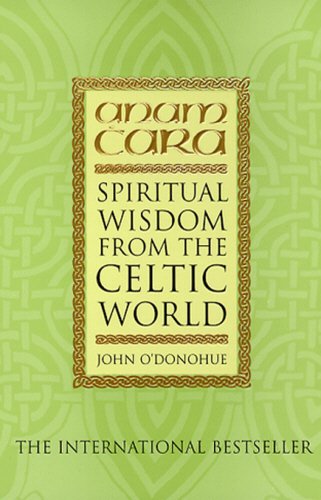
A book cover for Anam Cara: Spiritual Wisdom from the Celtic World; John O'Donohue; Religion & Spirituality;